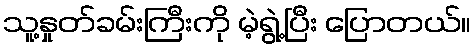
သူ့နှုတ်ခမ်းကြီးကို မဲ့ရွဲ့ပြီး ပြောတယ်။